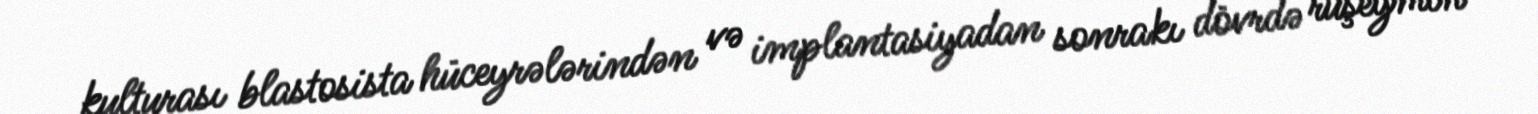
kulturası blastosista hüceyrələrindən və implantasiyadan sonrakı dövrdə rüşeymin